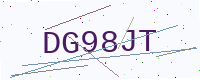
Text: DG98JT